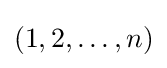
(1,2,\ldots ,n)